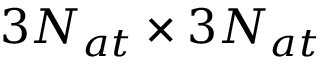
3 N _ { a t } \times 3 N _ { a t }